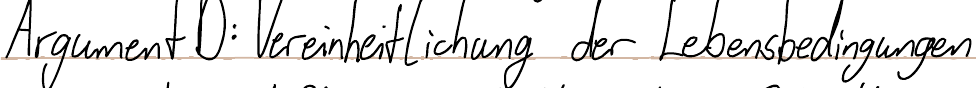
Argument D: Vereinheitlichung der Lebensbedingungen